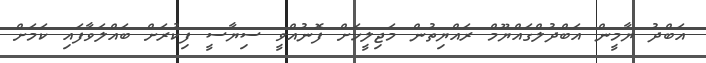
އަބްދު ޔާމީން އަބްދުލްގައްޔޫމް ރައްޔިތުން މަޖިލީހަށް ފޮނުއްވީ ސިޔާސީ ފިކުރަށް ބައްލަވާފައި ކަމަށް